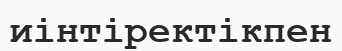
иінтіректікпен